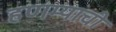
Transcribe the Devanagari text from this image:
हणम्याची